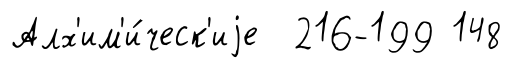
Алх'им'и́ческ'иjе 216-199 148